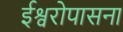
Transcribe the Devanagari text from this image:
ईश्वरोपासना